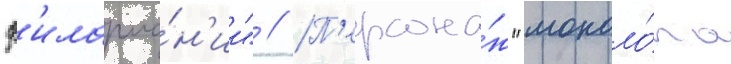
ф'илармо́н'ии" // П'ерсона́ж "моноло́га